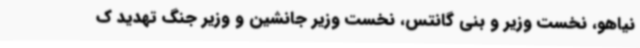
نیاهو، نخست وزیر و بنی گانتس، نخست وزیر جانشین و وزیر جنگ تهدید ک